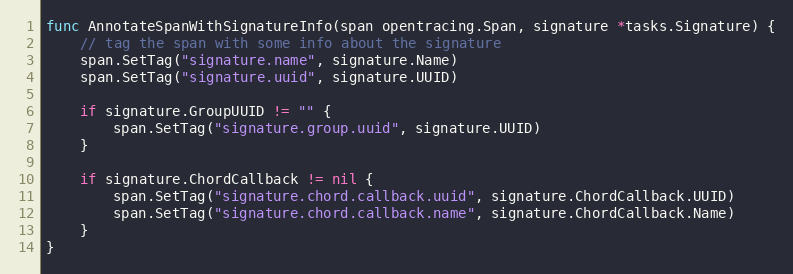
Language: Go
func AnnotateSpanWithSignatureInfo(span opentracing.Span, signature *tasks.Signature) {
	// tag the span with some info about the signature
	span.SetTag("signature.name", signature.Name)
	span.SetTag("signature.uuid", signature.UUID)

	if signature.GroupUUID != "" {
		span.SetTag("signature.group.uuid", signature.UUID)
	}

	if signature.ChordCallback != nil {
		span.SetTag("signature.chord.callback.uuid", signature.ChordCallback.UUID)
		span.SetTag("signature.chord.callback.name", signature.ChordCallback.Name)
	}
}